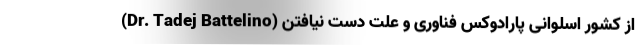
(Dr. Tadej Battelino) از کشور اسلوانی پارادوکس فناوری و علت دست نیافتن